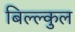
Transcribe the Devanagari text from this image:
बिल्ल्कुल